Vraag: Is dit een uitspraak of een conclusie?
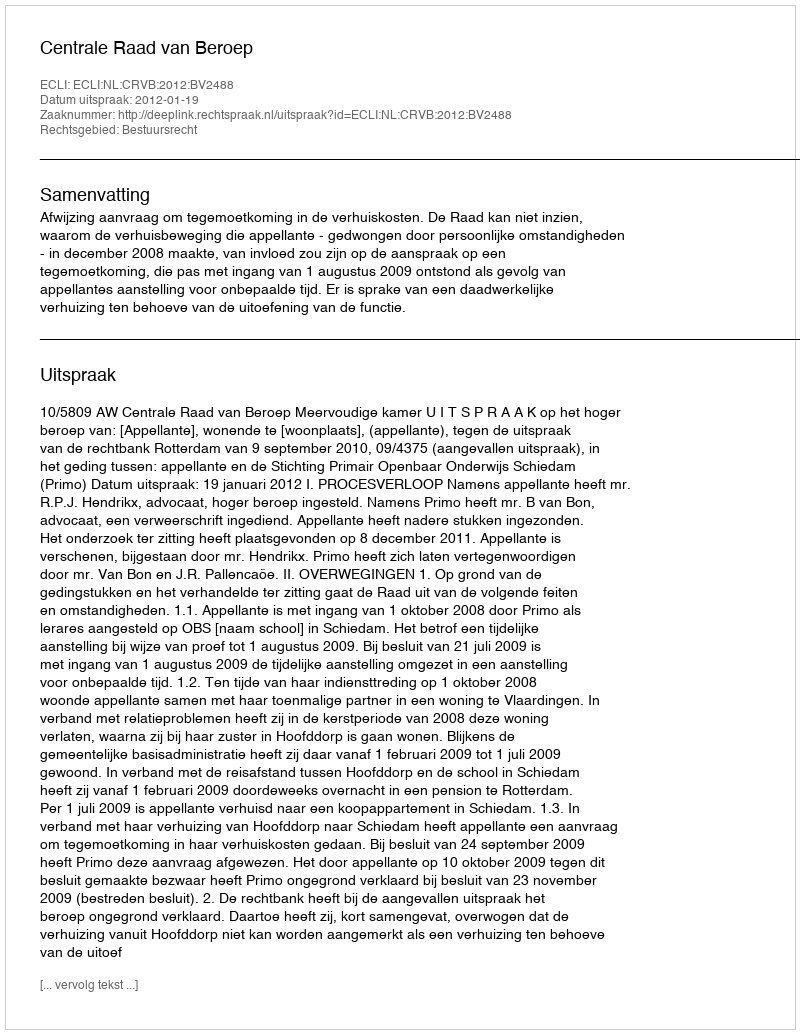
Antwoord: Uitspraak